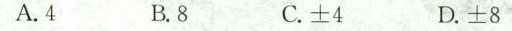
A.4 B.8 C.±4 D.±8